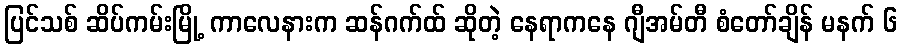
ပြင်သစ် ဆိပ်ကမ်းမြို့ ကာလေနားက ဆန်ဂက်ထ် ဆိုတဲ့ နေရာကနေ ဂျီအမ်တီ စံတော်ချိန် မနက် ၆